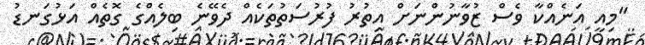
"މިއީ އަނެއްކާ ވެސް ޒުވާނުންނަށް އިތުރު ފުރުސަތުތަކެއް ދެވޭނެ ބިލެއްގެ ގޮތެއް އަޅުގަނޑު